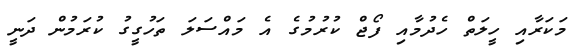
މަކަރާއި ހީލަތް ހެދުމާއި ފޯޖް ކުރުމުގެ އެ މައްސަލަ ތަހުގީގު ކުރަމުން ދަނީ